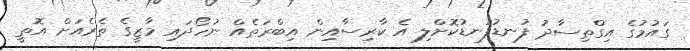
ގައުމުގެ އިގްތިސާދު ފުނޑުފުނޑުކޮށްލި އެ ކާރިސާއިން އިބްރަތެއް ނުހޯދައި މާޒީގެ ތެރެއަށް އޮތީ